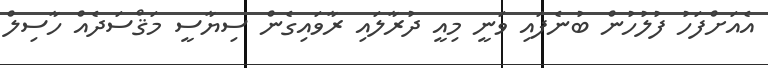
އެއަށްފަހު ފުލުހުން ބުނެފައި ވަނީ މިއީ ދުރާލައި ރާވައިގެން ސިޔާސީ މަޤްސަދެއް ހާސިލް